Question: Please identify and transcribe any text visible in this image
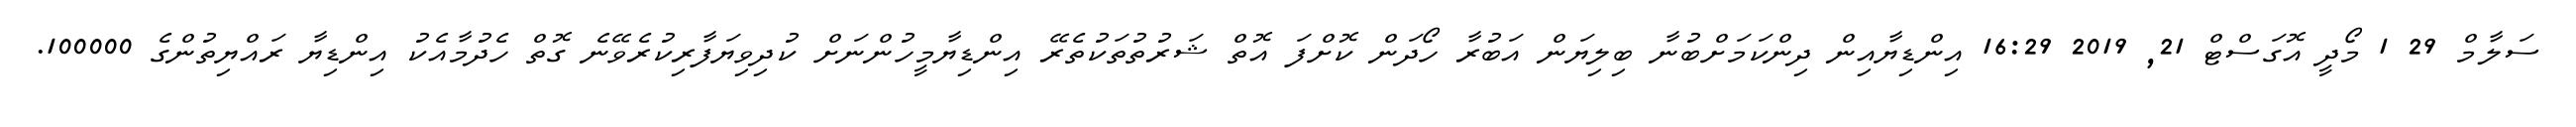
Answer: ސަލާމް 29 1 މޯދީ އޮގަސްޓް 21, 2019 16:29 އިންޑިޔާއިން ދިންކަމަށްބުނާ ބިލިޔަން އަބުރާ ހޯދަން ކޮށްފަ އޮތް ޝަރުތުތަކުތެރޭ އިންޑިޔާމީހުންނަށް ކުދިވިޔަފާރިކުރެވޭނެ ގޮތް ހެދުމާއެކު އިންޑިޔާ ރައްޔިތުންގެ 100000.